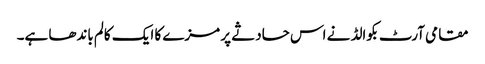
مقامی آرٹ بکوالڈ نے اس حادثے پر مزے کا ایک کالم باندھا ہے۔